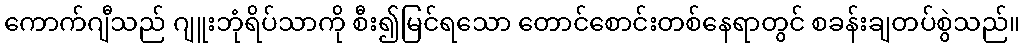
ကောက်ဂျီသည် ဂျူးဘုံရိပ်သာကို စီး၍မြင်ရသော တောင်စောင်းတစ်နေရာတွင် စခန်းချတပ်စွဲသည်။